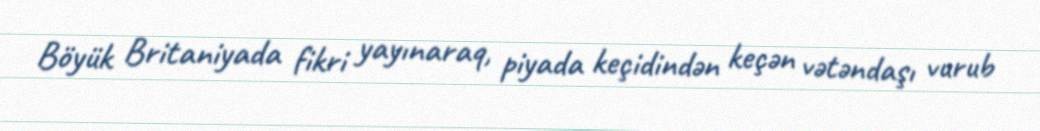
Böyük Britaniyada fikri yayınaraq, piyada keçidindən keçən vətəndaşı vurub